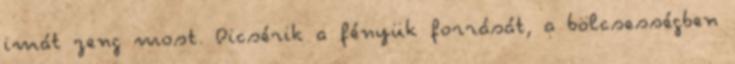
imát zeng most. Dicsérik a fényük forrását, a bölcsességben